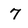
Character: 7